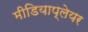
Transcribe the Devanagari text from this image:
मीडियाप्लेयर